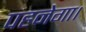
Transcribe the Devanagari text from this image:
पहनेगा।